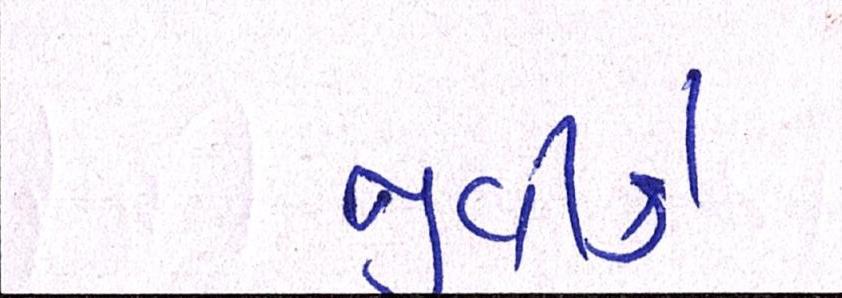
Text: જીવીકે